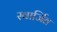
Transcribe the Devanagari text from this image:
स्वार्जित